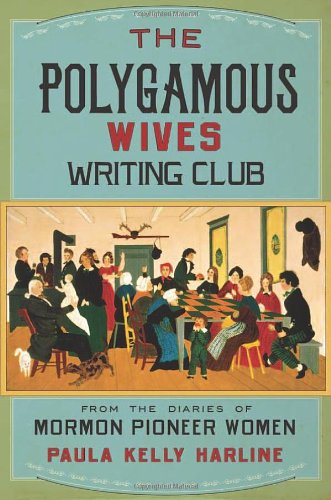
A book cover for The Polygamous Wives Writing Club: From the Diaries of Mormon Pioneer Women; Paula Kelly Harline; Christian Books & Bibles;